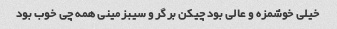
خیلی خوشمزه و عالی بود چیکن برگر و سیبزمینی همه چی خوب بود